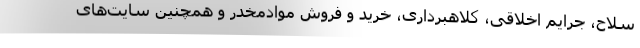
سلاح، جرایم اخلاقی، کلاهبرداری، خرید و فروش موادمخدر و همچنین سایت‌های